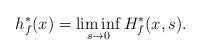
LaTeX: \begin{align*}h_f^*(x)=\liminf_{s\to 0}H_f^*(x,s).\end{align*}